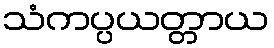
သံကပ္ပယတ္တာယ